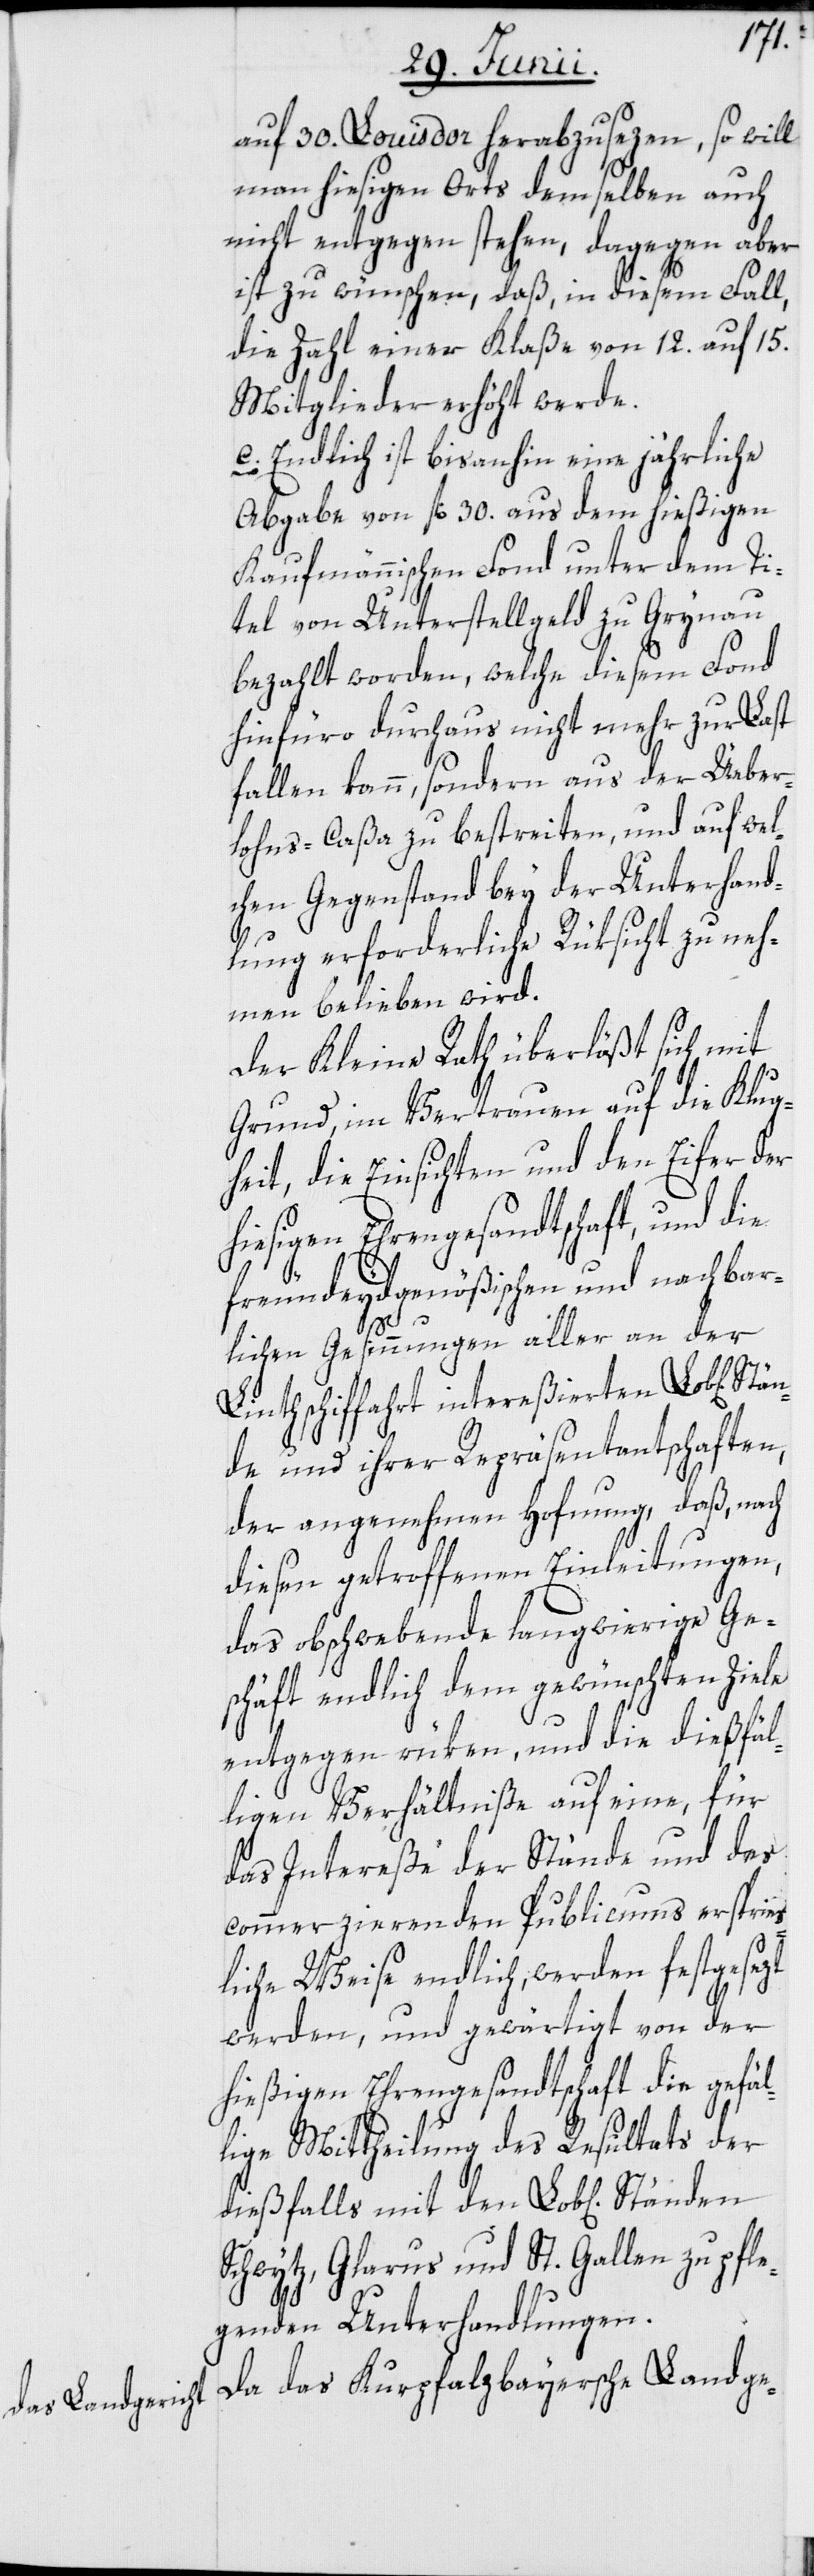
auf 30. Louis d’or herabzusezen, so will
man hiesigen Orts demselben auch
nicht entgegen stehen, dagegen aber
ist zu wünschen, daß, in diesem Fall,
die Zahl einer Klaße von 12. auf 15.
Mitglieder erhöht werde.
c. Endlich ist bisanhin eine jährliche
Abgabe von fl. 30. aus dem hießigen
Kaufmännischen Fond unter dem Ti¬
tel von Unterstellgeld zu Grynau
bezahlt worden, welche diesem Fond
hinfüro durchaus nicht mehr zur Last
fallen kann, sondern aus der Üeber¬
lohns-Caßa zu bestreiten, und auf wel¬
chen Gegenstand bey der Unterhand¬
lung erforderliche Rüksicht zu neh¬
men belieben wird.
Der Kleine Rath überläßt sich mit
Grund, im Vertrauen auf die Klug¬
heit, die Einsichten und den Eifer der
hiesigen Ehrengesandtschaft, und die
freundeydgenößischen und nachbar¬
Stän¬
lichen Gesinnungen aller an der
Linthschiffahrt intereßierten Lob[lichen]
de und ihrer Repräsentantschaften,
der angenehmen Hofnung, daß, nach
diesen getroffenen Einleitungen,
das obschwebende langwierige Ge¬
schäft endlich dem gewünschten Ziele
entgegen rüken, und die dießfäl¬
ligen Verhältniße auf eine, für
das Intereße der Stände und des
commerzierenden Publicums ersprieß¬
liche Weise endlich, werden festgesezt
werden, und gewärtigt von der
hießigen Ehrengesandtschaft die gefäl¬
lige Mittheilung des Resultats der
dießfalls mit den Lob[lichen]
Schwytz, Glarus und St. Gallen zu pfle¬
genden Unterhandlungen.
Da das Kurpfalzbayersche Landge-